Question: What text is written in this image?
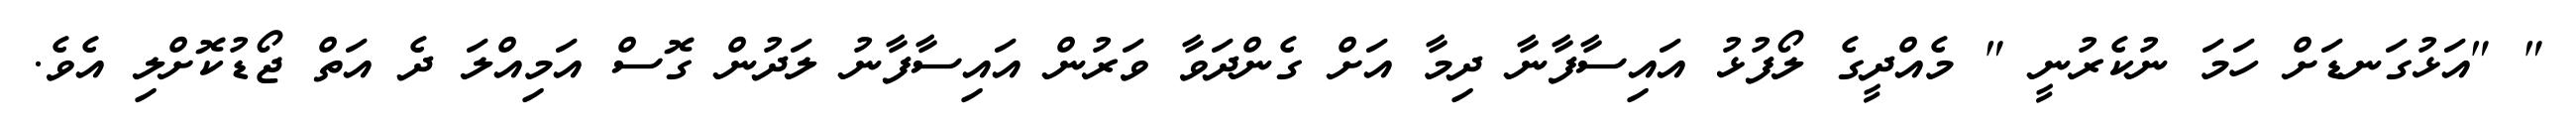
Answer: " "އަޅުގަނޑަށް ހަމަ ނުކެރުނީ " މެއްދީގެ ލޯފުޅު އައިސާފާނާ ދިމާ އަށް ގެންދަވާ ވަރުން އައިސާފާނު ލަދުން ގޮސް އަމިއްލަ ދެ އަތް ޖޯޑުކޮށްލި އެވެ.